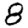
Digit: 8